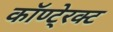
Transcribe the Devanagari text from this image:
कॉण्टे्रक्ट